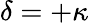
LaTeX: \delta=+\kappa